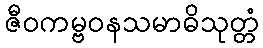
ဇီဝကမ္ဗဝနသမာဓိသုတ္တံ